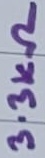
Text: 3.3KΩ